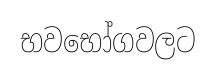
භවභෝගවලට